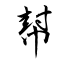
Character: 幇